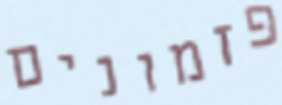
פזמונים